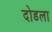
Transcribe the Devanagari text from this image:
दोडला